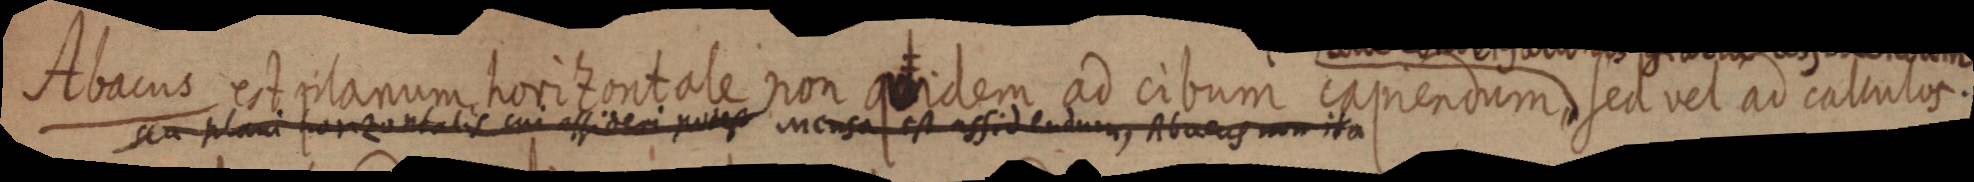
Abacus est planum horizontale non quidem ad cibum capiendum sed vel ad calculos.